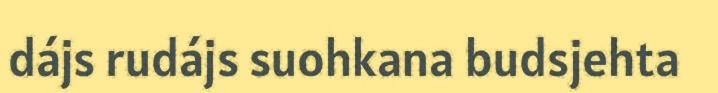
dájs rudájs suohkana budsjehta